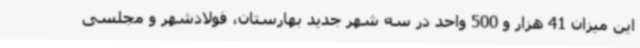
این میزان 41 هزار و 500 واحد در سه شهر جدید بهارستان، فولادشهر و مجلسی